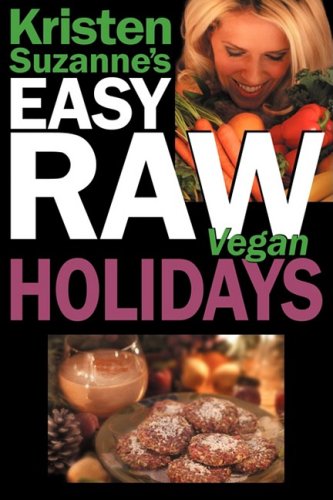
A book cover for Kristen Suzanne's EASY Raw Vegan Holidays: Delicious & Easy Raw Food Recipes for Parties & Fun at Halloween, Thanksgiving, Christmas, and the Holiday Season; Kristen Suzanne; Cookbooks, Food & Wine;